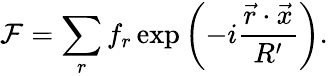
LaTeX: {\cal F}=\sum_{r}f_{r}\exp\left(-i\frac{{\vec{r}}\cdot{\vec{x}}}{R^{\prime}}\right).